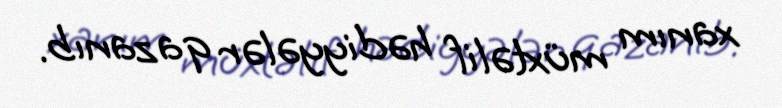
xanım müxtəlif hədiyyələr qazanıb.